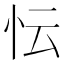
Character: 忶